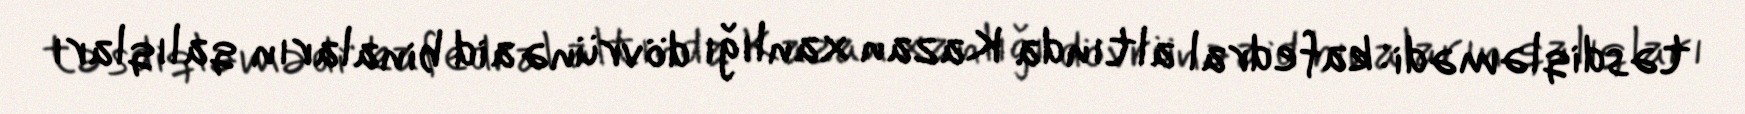
təsdiqləmədi: kafedral altında Kazan xanlığı dövrünə aid binaların qalıqları